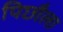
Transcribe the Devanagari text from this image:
पिछौला